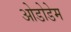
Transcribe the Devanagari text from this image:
ओडोडेम